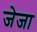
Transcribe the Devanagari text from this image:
जेजा